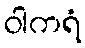
ဝါကရံ